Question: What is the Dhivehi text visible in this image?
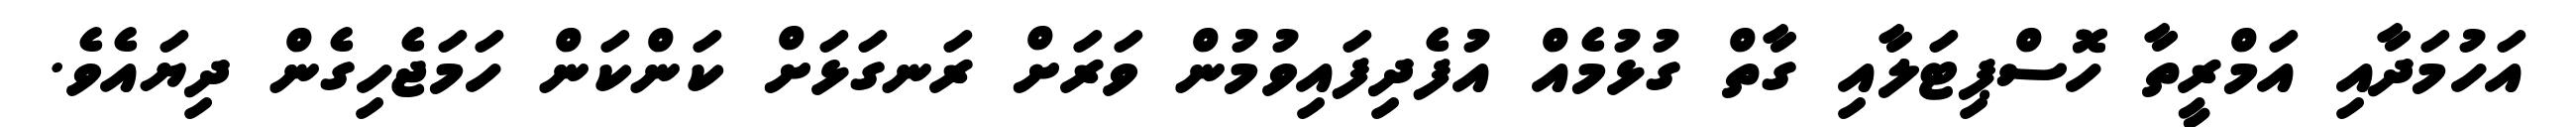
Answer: އަހުމަދާއި އަމްރީތާ ހޮސްޕިޓަލާއި ގާތް ގުޅުމެއް އުފެދިފައިވުމުން ވަރަށް ރަނގަޅަށް ކަންކަން ހަމަޖެހިގެން ދިޔައެވެ.